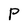
Character: P